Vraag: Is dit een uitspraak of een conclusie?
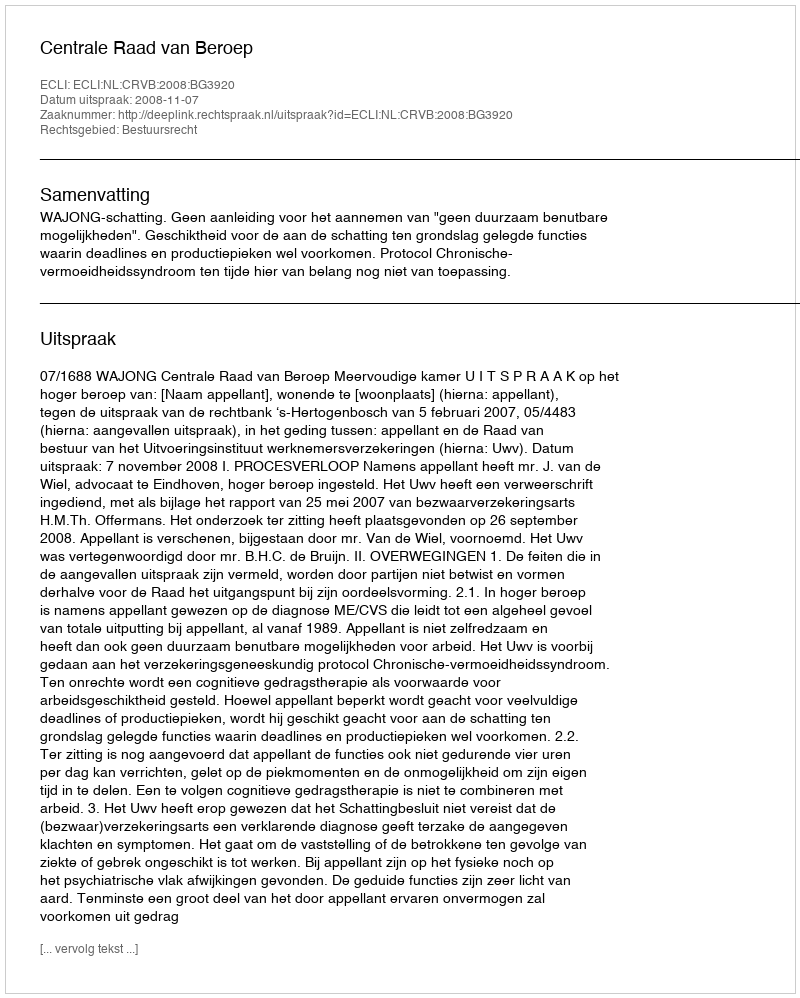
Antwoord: Uitspraak